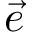
\vec { e }